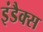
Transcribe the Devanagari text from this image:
इंडैक्स